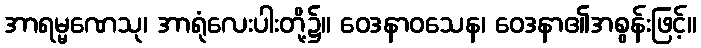
အာရမ္မဏေသု၊ အာရုံလေးပါးတို့၌။ ဝေဒနာဝသေန၊ ဝေဒနာ၏အစွန်းဖြင့်။